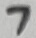
Text: 7